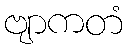
ဗျာကတံ